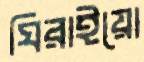
ঘিরাইয়ো